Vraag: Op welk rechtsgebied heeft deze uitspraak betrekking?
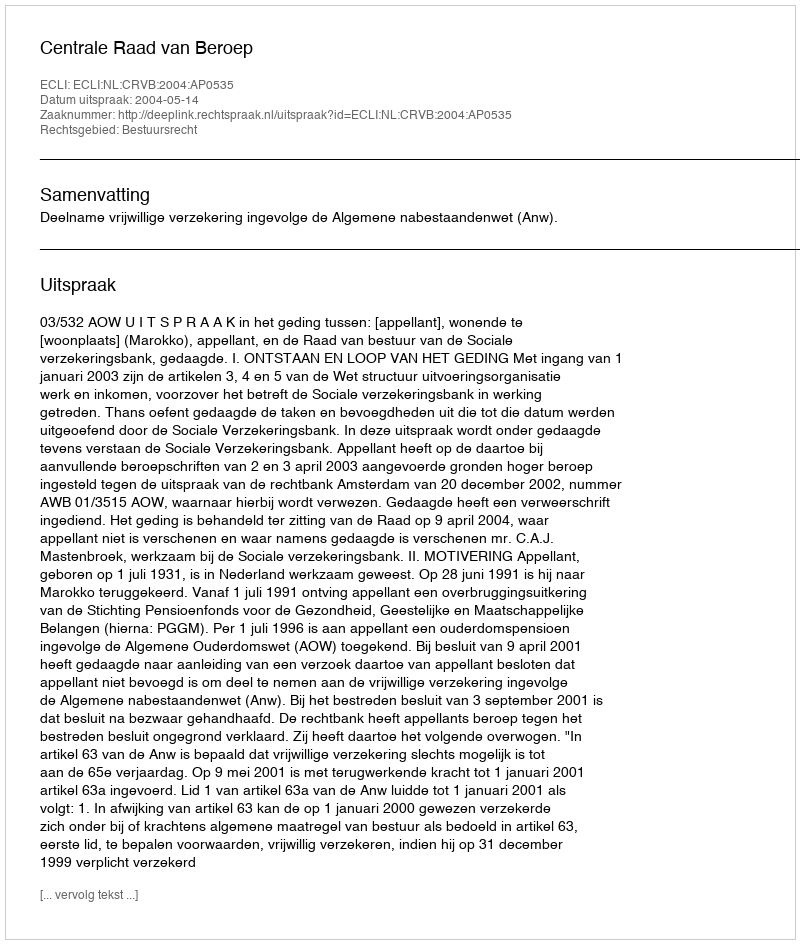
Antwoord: Bestuursrecht